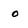
Character: o